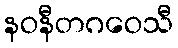
နဝနီတဂဝေသီ